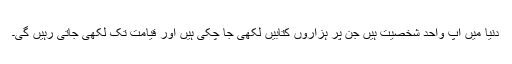
دنیا میں آپ واحد شخصیت ہیں جن پر ہزاروں کتابیں لکھی جا چکی ہیں اور قیامت تک لکھی جاتی رہیں گی۔